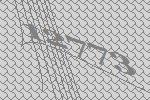
12773